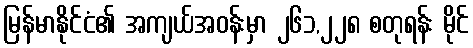
မြန်မာနိုင်ငံ၏ အကျယ်အဝန်းမှာ ၂၆၁,၂၂၈ စတုရန်း မိုင်